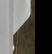
Signature authenticity: genuine